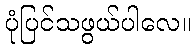
ပုံပြင်သဖွယ်ပါလေ။